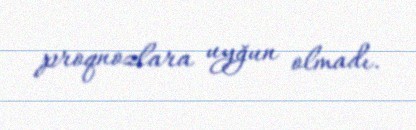
proqnozlara uyğun olmadı.